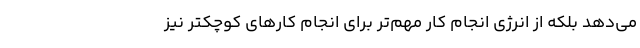
می‌دهد بلکه از انرژی انجام کار مهم‌تر برای انجام کارهای کوچکتر نیز